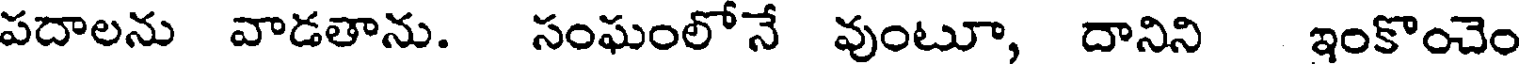
పదాలను వాడతాను. సంఘంలోనే వుంటూ, దానిని ఇంకొంచెం